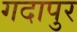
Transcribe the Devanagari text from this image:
गदापुर